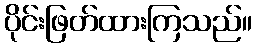
ပိုင်းဖြတ်ထားကြသည်။